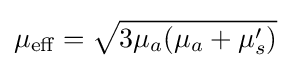
\mu _{\text{eff}}={\sqrt {3\mu _{a}(\mu _{a}+\mu '_{s})}}